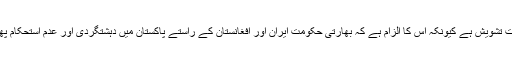
پاکستان کو اس منصوبے پر سخت تشویش ہے کیونکہ اُس کا الزام ہے کہ بھارتی حکومت ایران اور افغانستان کے راستے پاکستان میں دہشتگردی اور عدم استحکام پھیلانے کی سازش میں ملوّث ہے۔